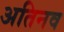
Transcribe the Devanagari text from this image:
अतिनव